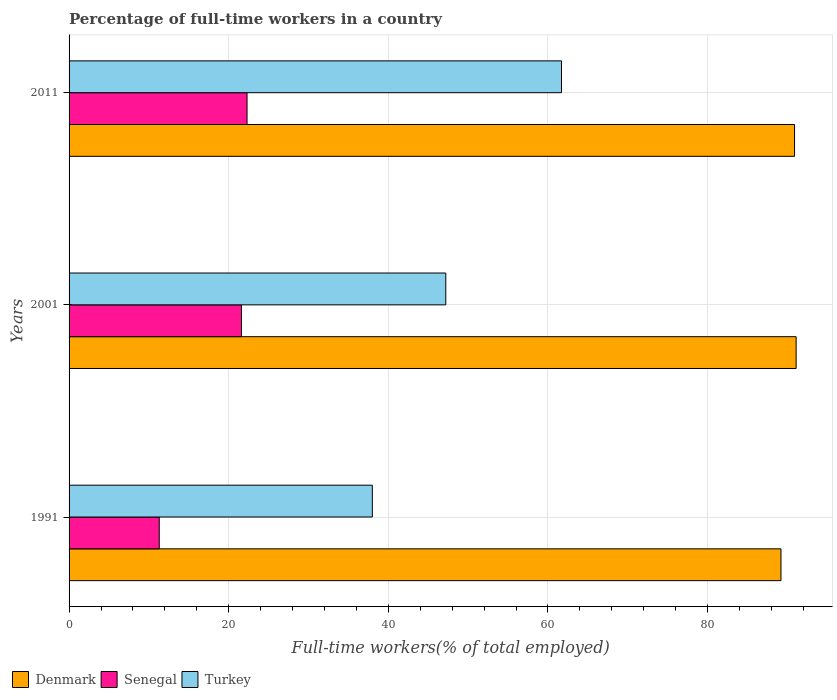
| Years | Denmark | Senegal | Turkey |
 | --- | --- | --- | --- |
 | 1991 | 89.2 | 11.3 | 38 |
 | 2001 | 91.1 | 21.6 | 47.2 |
 | 2011 | 90.9 | 22.3 | 61.7 |